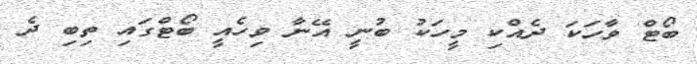
ބޯޓް ވާހަކަ ދެއްކި މީހަކު ބުނީ އޭނާ ވިހެއީ ބޯޓްގައި ތިބި ދެ